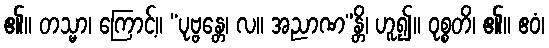
၏။ တသ္မာ၊ ကြောင့်။ “ပုဗ္ဗန္တေ၊ လ။ အညာဏ”န္တိ၊ ဟူ၍။ ဝုစ္စတိ၊ ၏။ ဧဝံ၊